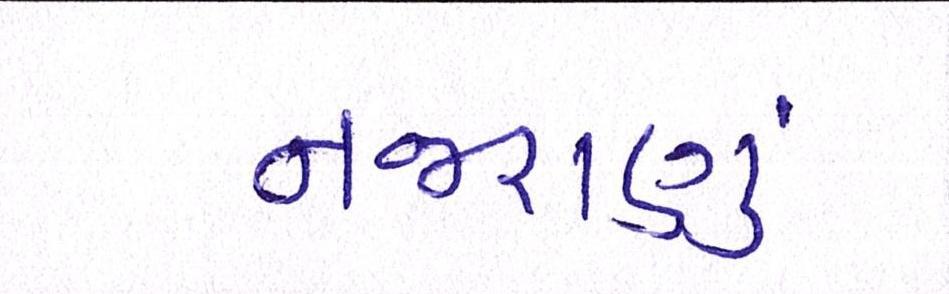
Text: નજરાણું